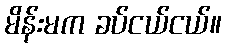
မိန်းမက ခပ်ငယ်ငယ်။